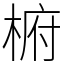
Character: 椨